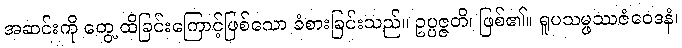
အဆင်းကို တွေ့ ထိခြင်းကြောင့်ဖြစ်သော ခံစားခြင်းသည်။ ဥပ္ပဇ္ဇတိ၊ ဖြစ်၏။ ရူပသမ္ဖဿဇံဝေဒနံ၊